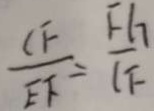
\frac { C F } { E F } = \frac { F G } { C F }